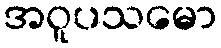
အဝူပသမော